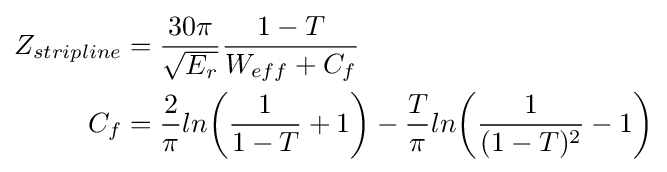
{\begin{aligned}Z_{stripline}&={\frac {30\pi }{\sqrt {E_{r}}}}{\frac {1-T}{W_{eff}+C_{f}}}\\C_{f}&={\frac {2}{\pi }}ln{\biggr (}{\frac {1}{1-T}}+1{\biggr )}-{\frac {T}{\pi }}ln{\biggr (}{\frac {1}{(1-T)^{2}}}-1{\biggr )}\\\end{aligned}}